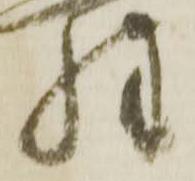
惶